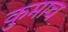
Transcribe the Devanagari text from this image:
कुमाच